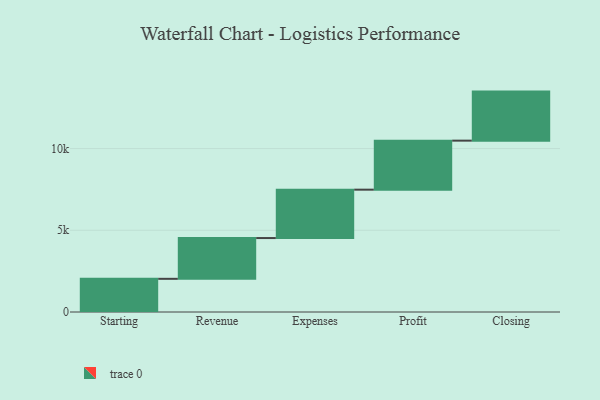
{"axis": {"x": "Step", "y": "Value"}, "legend": [""], "data": [{"x": "Starting", "y": 2030.0, "type": ""}, {"x": "Revenue", "y": 2494.0, "type": ""}, {"x": "Expenses", "y": 2960.0, "type": ""}, {"x": "Profit", "y": 3000, "type": ""}, {"x": "Closing", "y": 3000, "type": ""}]}